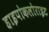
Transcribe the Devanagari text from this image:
हाइपोकलोराइट